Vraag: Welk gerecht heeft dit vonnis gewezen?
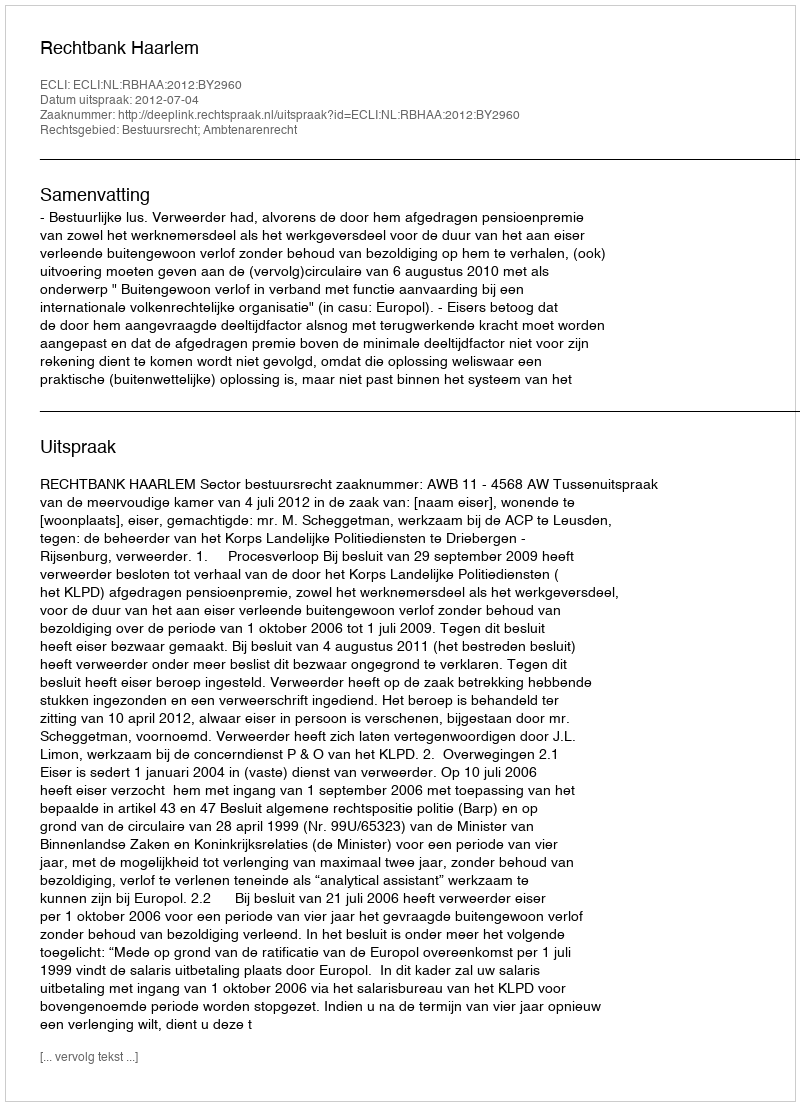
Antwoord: Rechtbank Haarlem